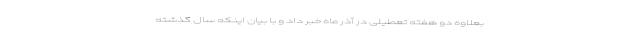
بعلاوه دو هفته تعطیلی در آذر ماه خبر داد و با بیان اینکه سال گذشته